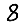
Digit: 8